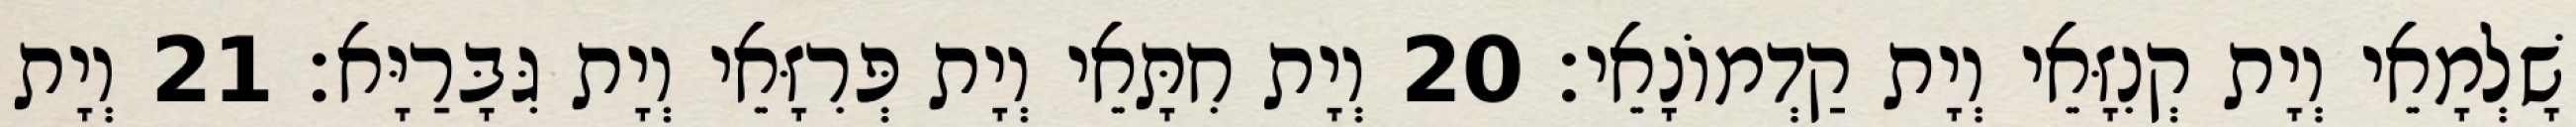
שָׁלְמָאֵי וְיָת קְנִזָּאֵי וְיָת קַדְמוֹנָאֵי׃ 20 וְיָת חִתָּאֵי וְיָת פְּרִזָּאֵי וְיָת גִּבָּרַיָּא׃ 21 וְיָת